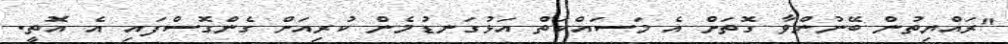
"ރައްޔިތުން ބޭނުންވާ ގޮތަށް އެ މަސައްކަތް އަޅުގަނޑުމެން ކުރިއަށް ގެންގޮސްފައި އެ އޮތީ.